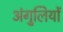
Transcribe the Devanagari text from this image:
अंगु्लियों